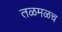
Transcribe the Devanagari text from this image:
तळमळच